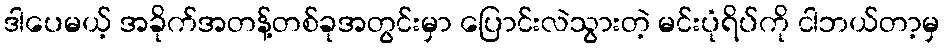
ဒါပေမယ့် အခိုက်အတန့်တစ်ခုအတွင်းမှာ ပြောင်းလဲသွားတဲ့ မင်းပုံရိပ်ကို ငါဘယ်တာ့မှ